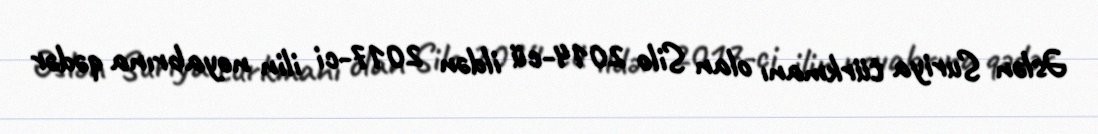
Əslən Suriya türkmanı olan Silo 2014-cü ildən 2017-ci ilin noyabrına qədər